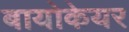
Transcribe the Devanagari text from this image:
बायोकेयर